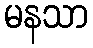
မနသာ